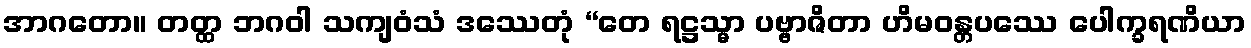
အာဂတော။ တတ္ထ ဘဂဝါ သကျဝံသံ ဒဿေတုံ “တေ ရဋ္ဌသ္မာ ပဗ္ဗာဇိတာ ဟိမဝန္တပဿေ ပေါက္ခရဏိယာ